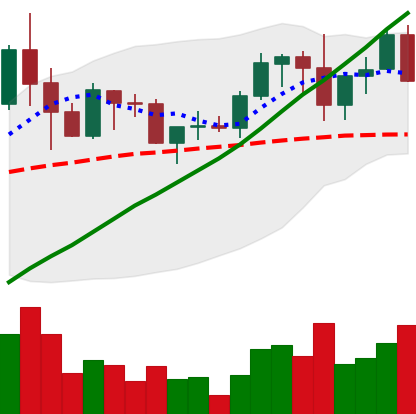
Ticker: ADA-USD
Chart end date: 2019-06-03
Forward return: -5.067%
Label: down_5_7